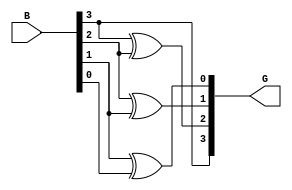
module gray_code_encoder #(parameter N = 4) (
    input  [N-1:0] B,  // n-bit binary input
    output [N-1:0] G   // n-bit Gray code output
);

    // Combinational logic for Gray code encoding
    assign G[N-1] = B[N-1]; // MSB of Gray code is the same as MSB of binary input
    genvar i;
    generate
        for (i = N-2; i >= 0; i = i - 1) begin : gray_encoding
            assign G[i] = B[i+1] ^ B[i]; // XOR between current and previous bit
        end
    endgenerate

endmodule